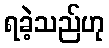
ရခဲ့သည်ဟု